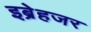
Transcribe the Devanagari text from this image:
इब्रेहजर